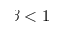
\beta < 1